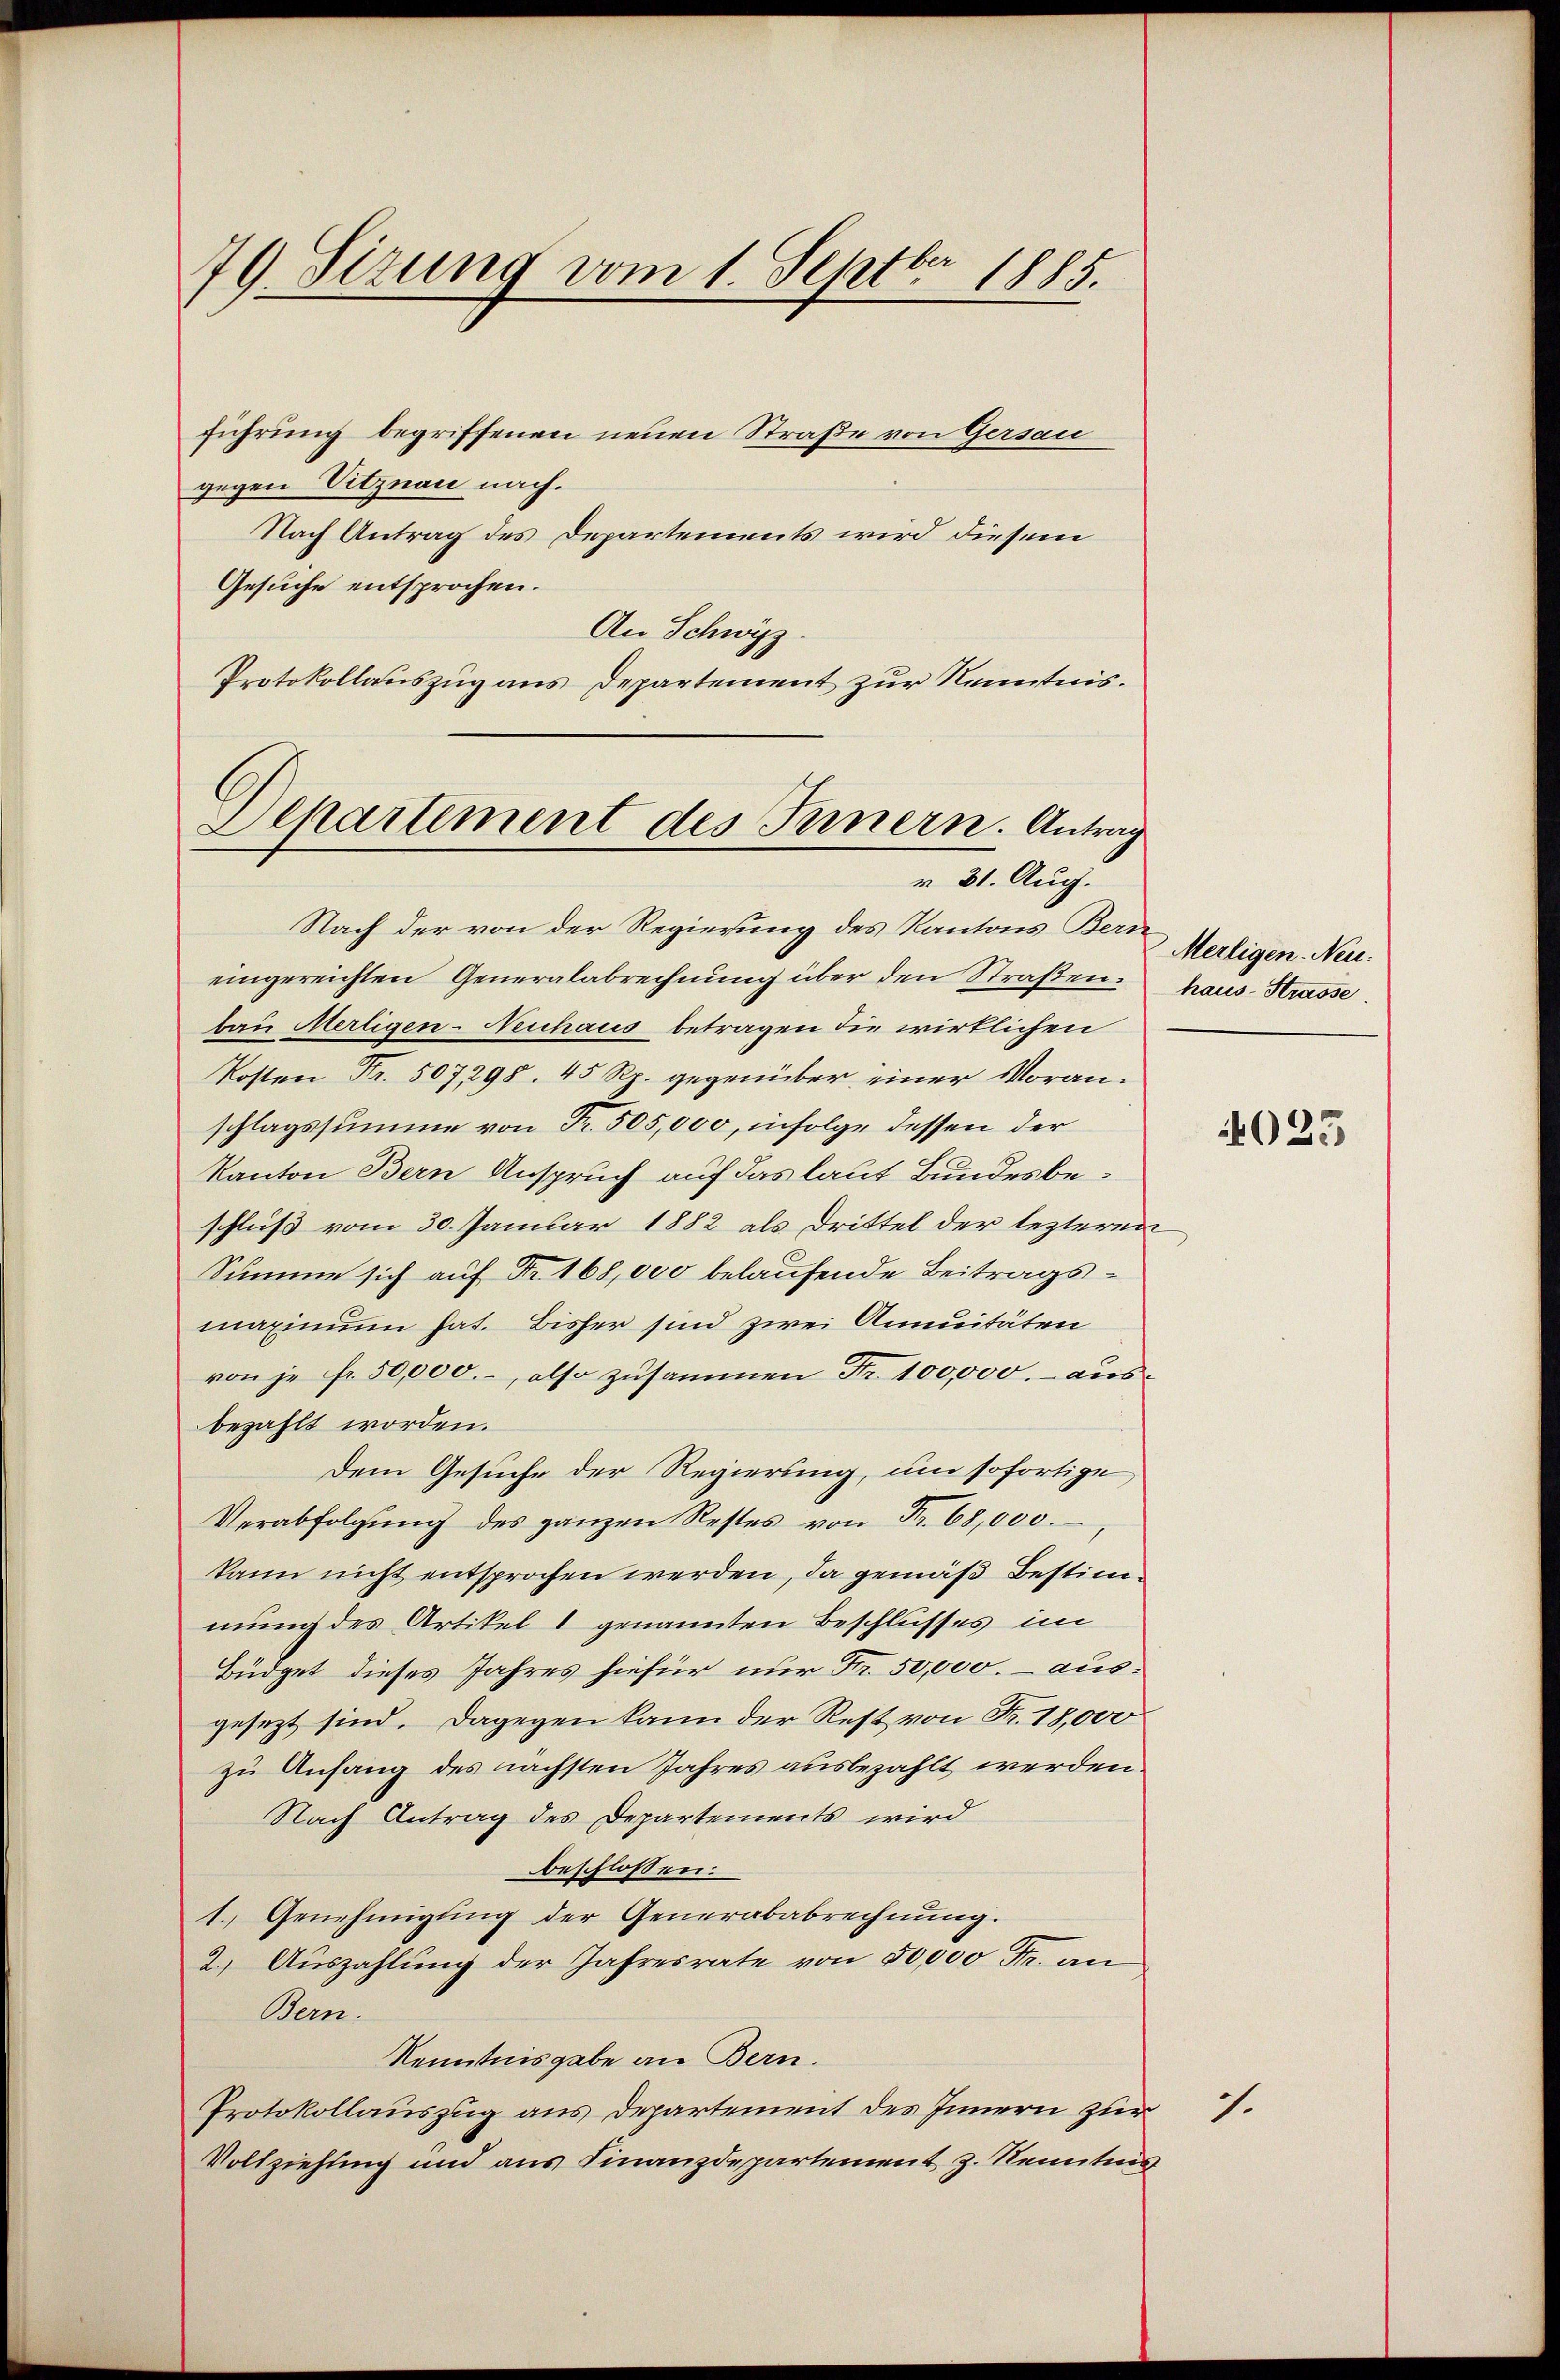
79 Sizung vom 1. Septbr 1885.

führung begriffenen neuen Straße von Gersau
gegen Vitznau nach.
Nach Antrag des Departements wird diesem
Gesuche entsprochen.
An Schwyz.
Protokollauszug aus Departement zur Kenntnis.
Departement des Innern. Antrag

Nach der von der Regierung des Kantons Berneingereichten Generalabrechnung über den Straßen.
bau Mertigen-Neuhaus betragen die wirklichen
Kosten Fr. 507298. 45 Rp. gegenüber einer Moran-
schlagssumme von Fr. 505,000, infolge dessen der
Kanton Bern Anspruch auf das laut Bundesbeschluß vom 30. Januar 1882 als Drittel der lezteren
Summe sich auf Fr. 168,000 belaufende Beitragsmaximum hat. Bisher sind zwei Annuitäten
von je fr. 50,000.- also zusammen Nr. 100,000.- ausbezahlt worden.
Dem Gesuche der Regierung, um sofortige
Verabfolgŭng des ganzen Restes von Fr. 68,000.
kann nicht entsprochen werden, da gemäß Bestimmung des Artikel 1 genannten Beschlusses im
Büdget dieses Jahres hiefür nur Fr. 50,000. – ausgesezt sind. Dagegen kann der Rest von Fr. 18,000
zu Anfang des nächsten Jahres ausbezahlt werden
Nach Antrag des Departements wird
beschlossen:
1. Genehmigung der Generababrechnung.
2.) Auszahlung der Jahresrate von 50,000 Fr. an
Bern.
Kenntnisgabe an Bern.
Protokollauszug aus Departement des Innern zur
Vollziehung und aus Finanzdepartement z. Renten

r 31. Aug.

Merligen. Neu-
haus-Strasse.

025

7.